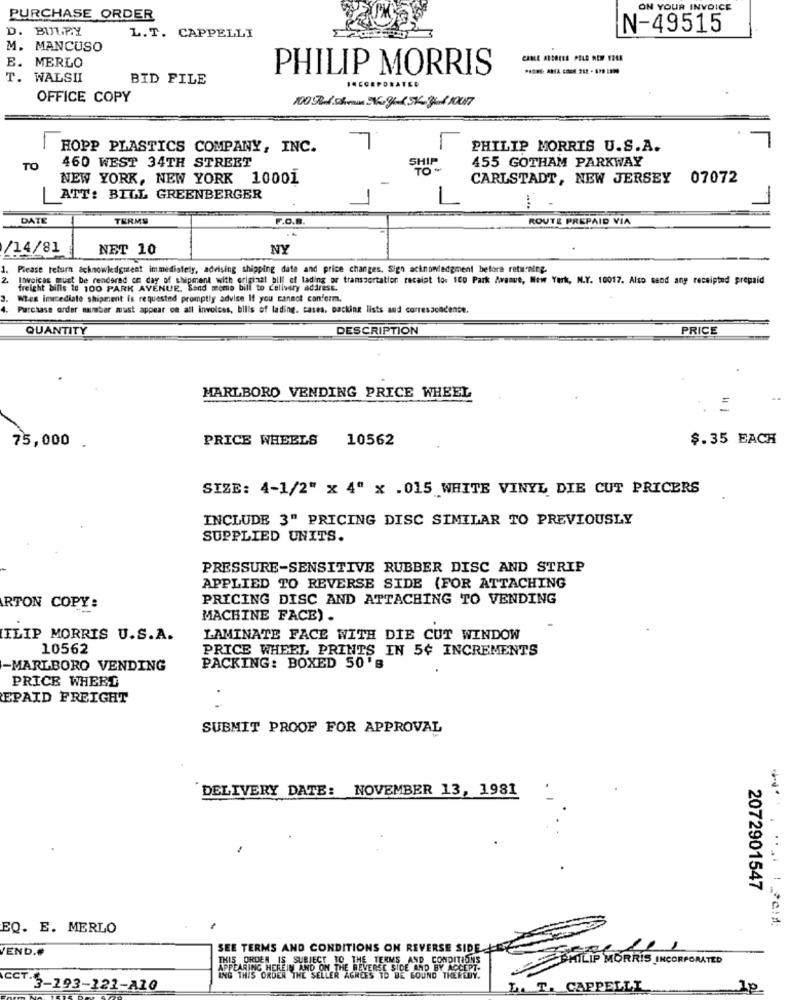
ON YOUR INVOICE
PURCHASE ORDER
D. BUTL.P.Y
N-49515
L.T. CAPPELLI
M. MANCUSO
E. MERLO
CABLE ADDRESS PELD NEW VOLE
T. WALSHI
BID FILE
PHILIP MORRIS
OFFICE COPY
L
7
HOPP PLASTICS COMPANY, INC.
PHILIP MORRIS U.S.A.
460 WEST 34TH STREET
SHIP
455 GOTHAM PARKWAY
TO
NEW YORK, NEW YORK 10001
CARLSTADT, NEW JERSEY 07072
ATT: BILL GREENBERGER
-
DATE
TERMS
F.O.B
ROUTE PREPAID VIA
/14/81
NET 10
NY
1.
Please return acknowledgutent immediately, advising shipping date and price changes. Sign acknowledgment before returning.
2
bill of lading or transportation recaipt los 100 Park Avenue, New York, N.Y. 10017. Also send any receipted prepaid
freight bills to 100 PARK AVENUE. Send memo bill to delivery adirest.
Itwvoices must be rendered on day of shipment with crifinal bill,
Wen Immediate shipment is requested promptly advise If you cannot canform.
Purchase order number must appear on all invoices, bills of lading. cases, packing lists and correspondence.
QUANTITY
DESCRIPTION
PRICE
MARLBORO VENDING PRICE WHEEL
75,000
PRICE WHEELS
10562
$.35 EACH
SIZE: 4-1/2" x 4" x .015 WHITE VINYL DIE CUT PRICERS
INCLUDE 3" PRICING DISC SIMILAR TO PREVIOUSLY
SUPPLIED UNITS.
PRESSURE-SENSITIVE RUBBER DISC AND STRIP
APPLIED TO REVERSE SIDE (FOR ATTACHING
PRICING DISC AND ATTACHING TO VENDING
RTON COPY:
MACHINE FACE) .
ILIP MORRIS U.S.A.
LAMINATE FACE WITH DIE CUT WINDOW
10562
PRICE WHEEL PRINTS IN 5¢ INCREMENTS
-MARLBORO VENDING
PACKING: BOXED 50's
PRICE WHERD
.
EPAID FREIGHT
SUBMIT PROOF FOR APPROVAL
DELIVERY DATE: NOVEMBER 13, 1981
2072901547
EQ. E. MERLO
VEND.
SEE TERMS AND CONDITIONS ON REVERSE SIDE
THIS ORDER IS SUBJECT TO THE TERMS AND CONDITIONS
PHILIP MORRIS INCORPORATED
TEARING HEREIN AND ON THE REVERSE SIDE AND BY ACCEPT-
YG THIS ORDER THE SE
R THE SELLER AGREES TO BE FOUND THERE
CCT.3-193-121-A10
L. T. CAPPELLI
Ip